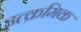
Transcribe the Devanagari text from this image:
उत्क्रमिक